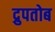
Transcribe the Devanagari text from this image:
द्रुपतोब